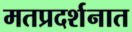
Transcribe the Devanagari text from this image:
मतप्रदर्शनात